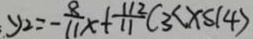
、 y _ { 2 } = - \frac { 8 } { 1 1 } x + \frac { 1 1 2 } { 1 1 } ( 3 < x \leq 1 4 )